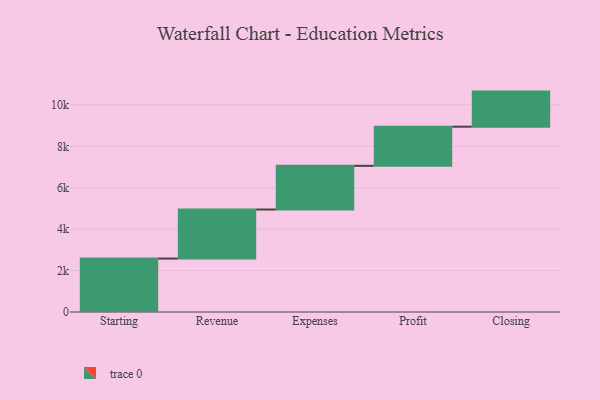
{"axis": {"x": "Step", "y": "Value"}, "legend": [""], "data": [{"x": "Starting", "y": 2581.0, "type": ""}, {"x": "Revenue", "y": 2367.0, "type": ""}, {"x": "Expenses", "y": 2111.0, "type": ""}, {"x": "Profit", "y": 1890.0, "type": ""}, {"x": "Closing", "y": 1694.0, "type": ""}]}